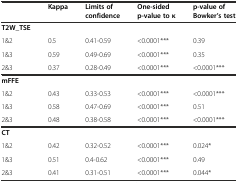
|  | Kappa | Limits of confidence | One-sided p-value to κ | p-value of Bowker’s test |
 | --- | --- | --- | --- | --- |
 | T2W_TSE |  |  |  |  |
 | 1&2 | 0.5 | 0.41-0.59 | <0.0001*** | 0.39 |
 | 1&3 | 0.59 | 0.49-0.69 | <0.0001*** | 0.35 |
 | 2&3 | 0.37 | 0.28-0.49 | <0.0001*** | <0.0001*** |
 | mFFE |  |  |  |  |
 | 1&2 | 0.43 | 0.33-0.53 | <0.0001*** | <0.0001*** |
 | 1&3 | 0.58 | 0.47-0.69 | <0.0001*** | 0.51 |
 | 2&3 | 0.48 | 0.38-0.58 | <0.0001*** | <0.0001*** |
 | CT |  |  |  |  |
 | 1&2 | 0.42 | 0.32-0.52 | <0.0001*** | 0.024* |
 | 1&3 | 0.51 | 0.4-0.62 | <0.0001*** | 0.49 |
 | 2&3 | 0.41 | 0.31-0.51 | <0.0001*** | 0.044* |